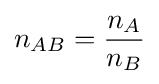
n_{AB}={\frac {n_{A}}{n_{B}}}